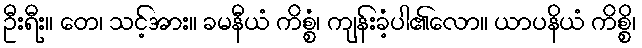
ဦးရီး။ တေ၊ သင့်အား။ ခမနီယံ ကိစ္စံ၊ ကျန်းခံ့ပါ၏လော။ ယာပနိယံ ကိစ္စိ၊